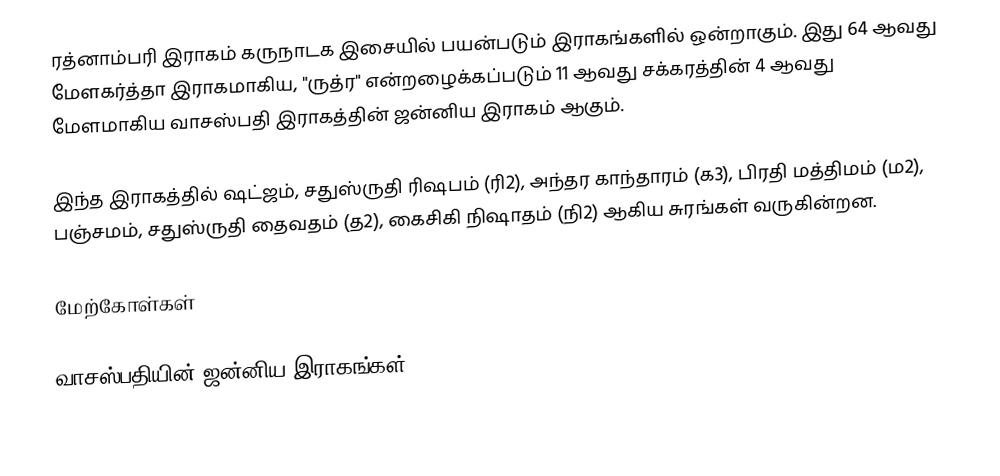
ரத்னாம்பரி இராகம் கருநாடக இசையில் பயன்படும் இராகங்களில் ஒன்றாகும். இது 64 ஆவது மேளகர்த்தா இராகமாகிய, "ருத்ர" என்றழைக்கப்படும் 11 ஆவது சக்கரத்தின் 4 ஆவது மேளமாகிய வாசஸ்பதி இராகத்தின் ஜன்னிய இராகம் ஆகும்.

இந்த இராகத்தில் ஷட்ஜம், சதுஸ்ருதி ரிஷபம் (ரி2), அந்தர காந்தாரம் (க3), பிரதி மத்திமம் (ம2), பஞ்சமம், சதுஸ்ருதி தைவதம் (த2), கைசிகி நிஷாதம் (நி2) ஆகிய சுரங்கள் வருகின்றன.

மேற்கோள்கள்

வாசஸ்பதியின் ஜன்னிய இராகங்கள்